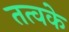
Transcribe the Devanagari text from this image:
तत्वके